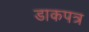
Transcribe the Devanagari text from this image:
डाकपत्र